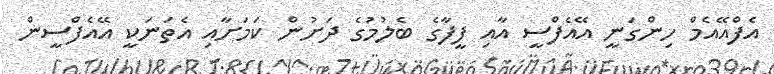
އެފްއޭއެމް ހިންގަނީ އޭއެފްސީ އާއި ފީފާގެ ބެލުމުގެ ދަށުން ކަމަށާއި އެތަނަކީ އޭއެފްސީން